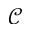
\mathcal { C }